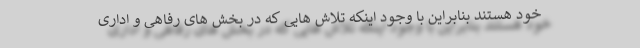
خود هستند بنابراین با وجود اینکه تلاش هایی که در بخش های رفاهی و اداری